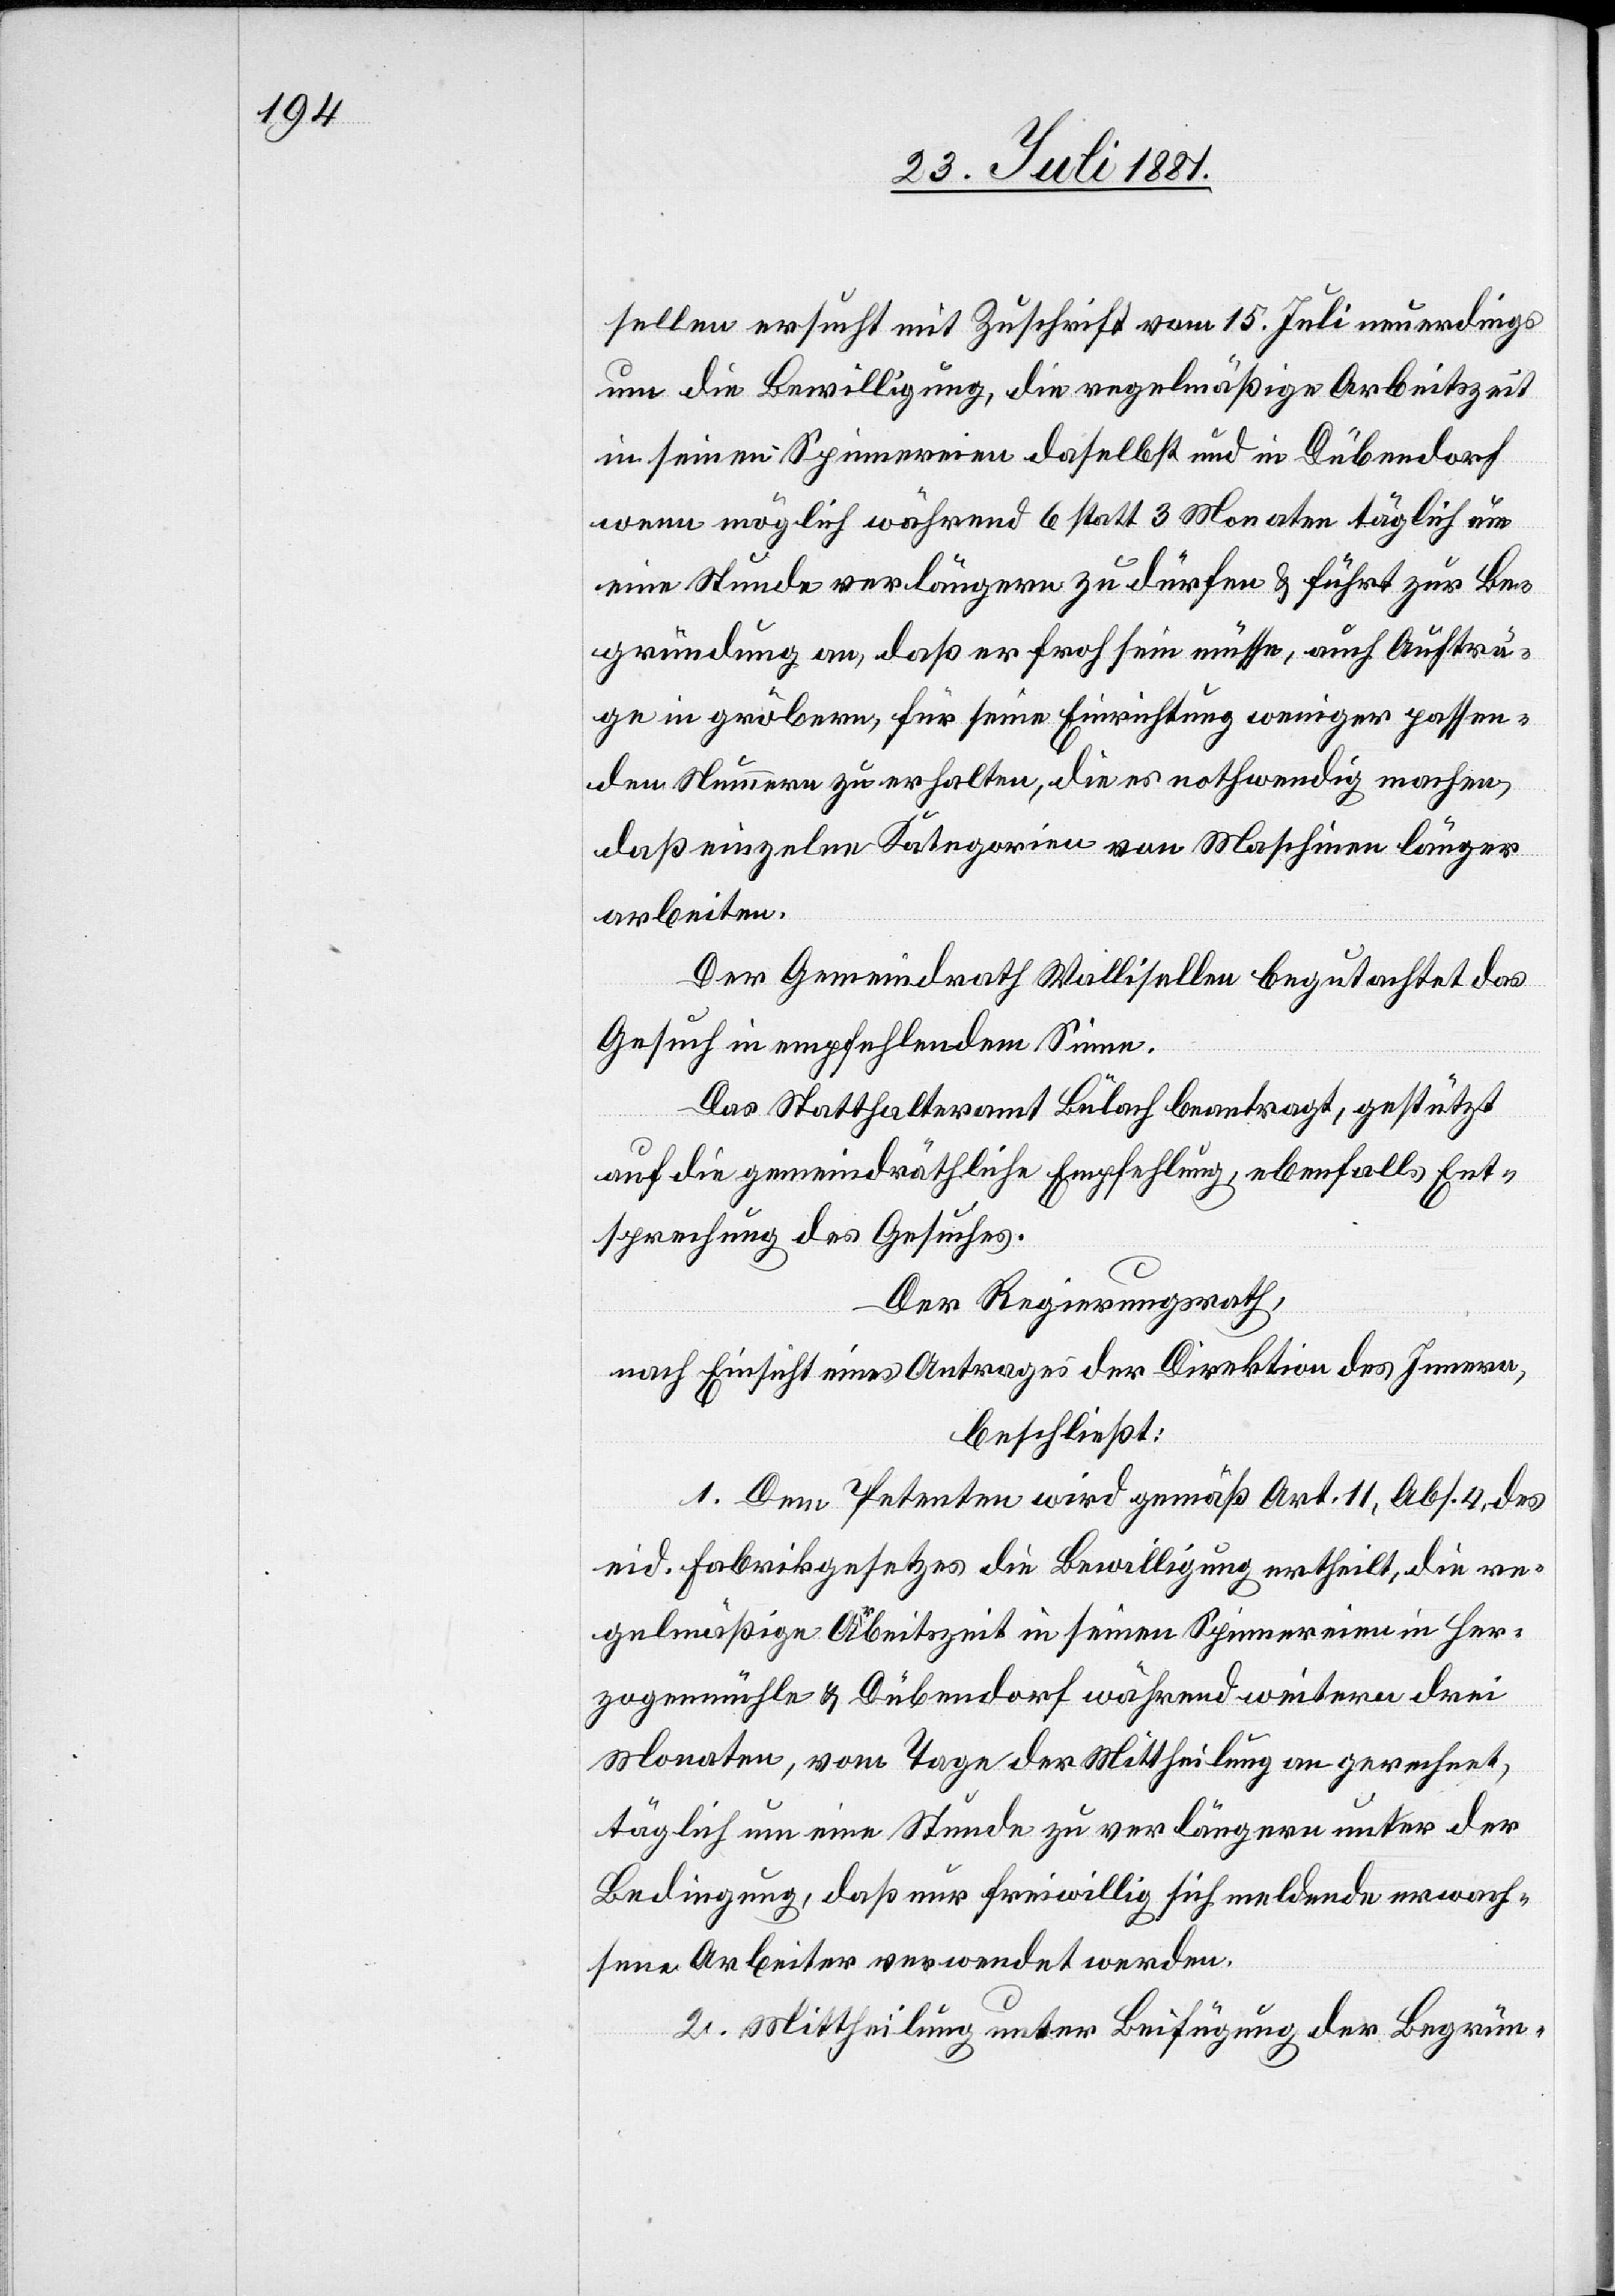
sellen ersucht mit Zuschrift vom 15. Juli neuerdings
um die Bewilligung, die regelmäßige Arbeitszeit
in seinen Spinnereinen daselbst und in Dübendorf
wenn möglich während 6 statt 3 Monaten täglich um
eine Stunde verlängern zu dürfen & führt zur Be¬
gründung an, daß er froh sein müsse, auch Aufträ¬
ge in gröbern, für seine Einrichtung weniger passen¬
den Nummern zu erhalten, die es nothwendig machen,
daß einzelne Kategorien von Maschinen länger
arbeiten.
Der Gemeindrath Wallisellen begutachtet das
Gesuch in empfehlendem Sinne:
Das Statthalteramt Bülach beantragt, gestützt
auf die gemeindräthliche Empfehlung, ebenfalls Ent¬
sprechung des Gesuches.
Der Regierungsrath,
nach Einsicht eines Antrages der Direktion des Innern,
beschließt:
1. Dem Petenten wird gemäß Art. 11, Abs. 4, des
eid. Fabrikgesetzes die Bewilligung ertheilt, die re¬
gelmäßige Arbeitszeit in seinen Spinnereien in Her¬
zogenmühle & Dübendorf während weiteren drei
Monaten, vom Tage der Mittheilung an gerechnet,
täglich um eine Stunde zu verlängern unter der
Bedingung, daß nur freiwillig sich meldende erwach¬
sene Arbeiter verwendet werden.
2. Mittheilung unter Beifügung der Begrün-